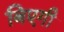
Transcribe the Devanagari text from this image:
बिएगी